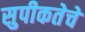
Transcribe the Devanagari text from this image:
सुपीकतेचे